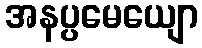
အနပ္ပမေယျော